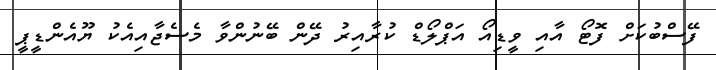
ފޭސްބުކަށް ފޮޓޯ އާއި ވީޑިއޯ އަޕްލޯޑް ކުރާއިރު ދޭން ބޭނުންވާ މެސެޖާއިއެކު ޔޫއެންޑީޕީ